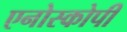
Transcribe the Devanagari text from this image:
एनोस्कोपी